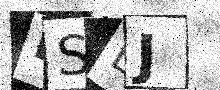
Text: BSLJ